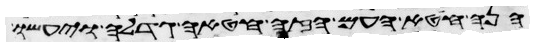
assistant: הנה חטא העם הזה חטאה גדלה ויעשו